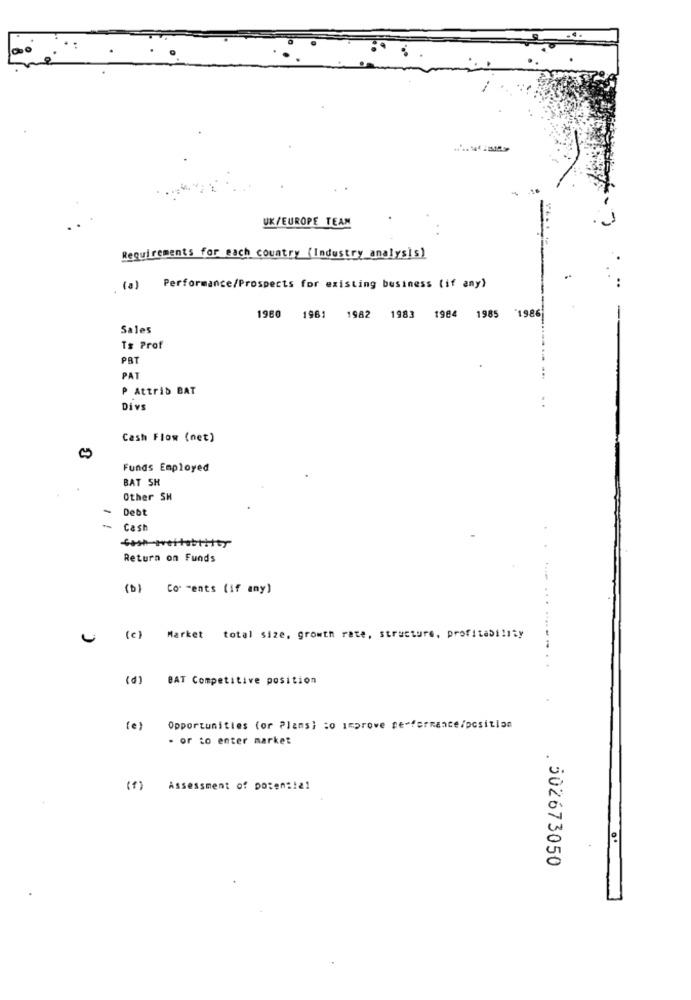
UK/EUROPE TEAM
Requirements for each country (Industry analysis)
(a)
Performance/Prospects for existing business (if any)
1980 1961 1982 1983 1984 1985 1986
Sales
Ts Prof
PBT
PAT
P Attrib BAT
Divs
Cash Flow (net)
Funds Employed
BAT SH
Other SH
-
Debt
Cash
Return on Funds
(b) Co ments (if any)
(c )
Market total size, growth rate, structure, profitability
(d)
BAT Competitive position
(e)
Opportunities (or Plans; : o improve performance/position
- or to enter market
(1)
Assessment of potential
. 502673050